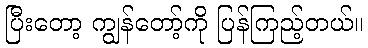
ပြီးတော့ ကျွန်တော့်ကို ပြန်ကြည့်တယ်။